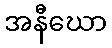
အနီဃော